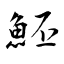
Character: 魾